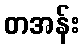
တအန်း